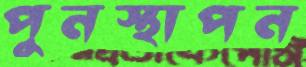
পুনস্থাপন